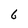
Character: 6